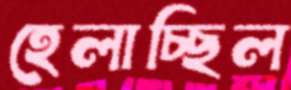
হেলাচ্ছিল